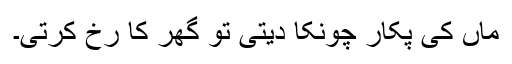
ماں کی پکار چونکا دیتی تو گھر کا رُخ کرتی۔